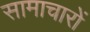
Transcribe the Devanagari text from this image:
सामाचारों